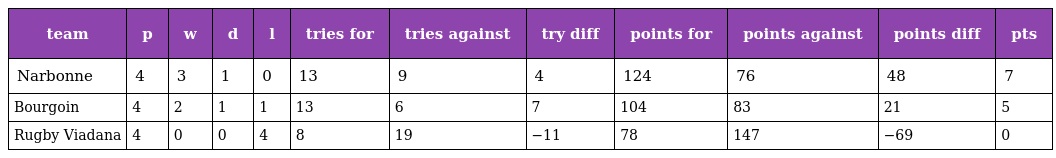
| team | p | w | d | l | tries for | tries against | try diff | points for | points against | points diff | pts |
 | --- | --- | --- | --- | --- | --- | --- | --- | --- | --- | --- | --- |
 | Narbonne | 4 | 3 | 1 | 0 | 13 | 9 | 4 | 124 | 76 | 48 | 7 |
 | Bourgoin | 4 | 2 | 1 | 1 | 13 | 6 | 7 | 104 | 83 | 21 | 5 |
 | Rugby Viadana | 4 | 0 | 0 | 4 | 8 | 19 | −11 | 78 | 147 | −69 | 0 |